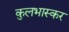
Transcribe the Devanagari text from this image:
कुलभास्कर